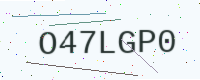
Text: O47LGP0